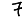
Digit: 7